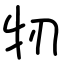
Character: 牣